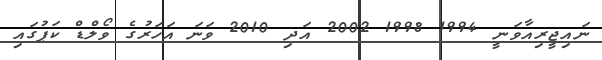
ނައިޖީރިއާވަނީ 1994 1998 2002 އަދި 2010 ވަނަ އަހަރުގެ ވޯލްޑް ކަޕުގައި